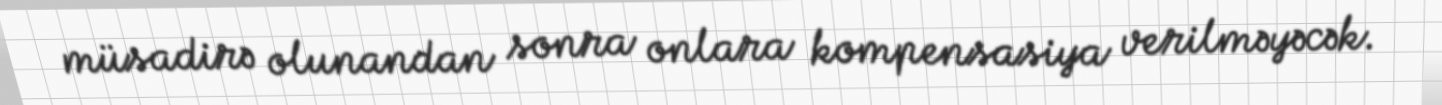
müsadirə olunandan sonra onlara kompensasiya verilməyəcək.